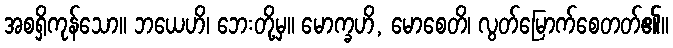
အစရှိကုန်သော။ ဘယေဟိ၊ ဘေးတို့မှ။ မောက္ခဟိ, မောစေတိ၊ လွတ်မြောက်စေတတ်၏။